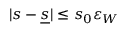
| s - \underline { s } | \leq s _ { 0 } \varepsilon _ { W }